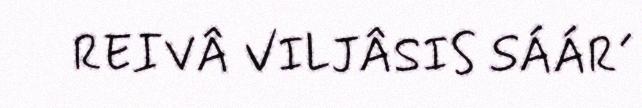
REIVÂ VILJÂSIS SÁÁR´